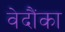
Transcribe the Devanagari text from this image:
वेदौंका